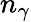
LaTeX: n_{\gamma}